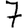
Digit: 7